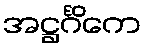
အဋ္ဌင်္ဂိကေ